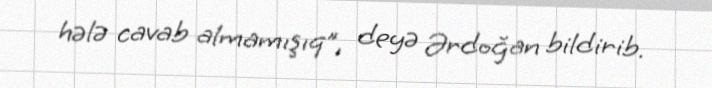
hələ cavab almamışıq”, deyə Ərdoğan bildirib.